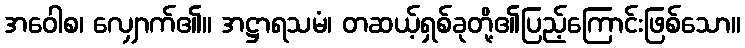
အဝေါစ၊ လျှောက်၏။ အဋ္ဌာရသမံ၊ တဆယ့်ရှစ်ခုတို့၏ပြည့်ကြောင်းဖြစ်သော။